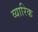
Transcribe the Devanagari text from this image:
व्यारिक